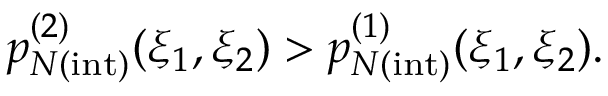
p _ { N { \mathrm { ( i n t ) } } } ^ { ( 2 ) } ( \xi _ { 1 } , \xi _ { 2 } ) > p _ { N { \mathrm { ( i n t ) } } } ^ { ( 1 ) } ( \xi _ { 1 } , \xi _ { 2 } ) .